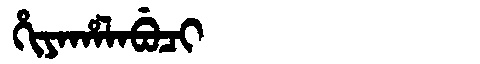
Manchu: ᡥᡳᠶᠠᡥᠠᠯᠠᠪᡠᠴᡳ
Romanization: HIYAHALABUCI